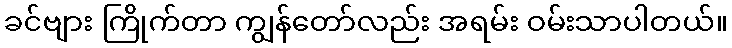
ခင်ဗျား ကြိုက်တာ ကျွန်တော်လည်း အရမ်း ဝမ်းသာပါတယ်။